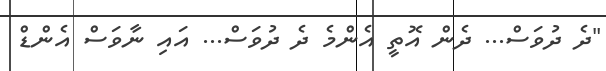
"ދެ ދުވަސް... ދެން އޮތީ އެންމެ ދެ ދުވަސް... އައި ނާވަސް އެންޑް